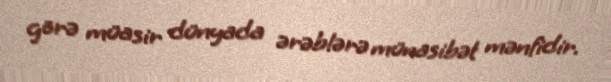
görə müasir dünyada ərəblərə münasibət mənfidir.